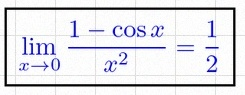
\lim_{x\to0}\frac{1-\cos x}{x^2}=\frac12